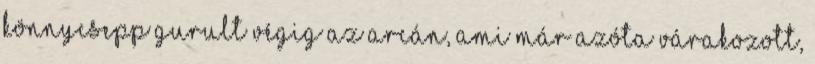
könnycsepp gurult végig az arcán, ami már azóta várakozott,